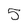
Character: 5